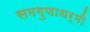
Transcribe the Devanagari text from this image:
समगुणाधर्मी